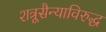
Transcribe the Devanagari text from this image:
शत्रूसैन्याविरुद्ध